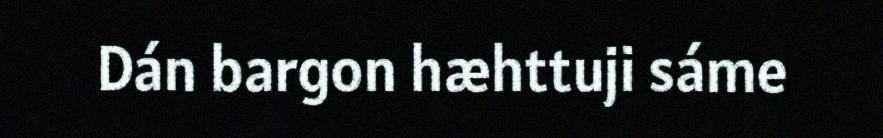
Dán bargon hæhttuji sáme